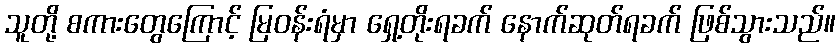
သူတို့ စကားတွေကြောင့် မြဝန်းရံမှာ ရှေ့တိုးရခက် နောက်ဆုတ်ရခက် ဖြစ်သွားသည်။